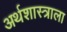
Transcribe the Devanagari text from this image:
अर्थशास्त्राला